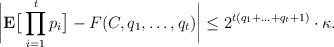
LaTeX: \begin{align*}\bigg| \mathbf{E}\big[\prod_{i=1}^t p_i \big] - F(C, q_1, \ldots, q_t) \bigg| \le 2^{t (q_1 + \ldots + q_t+1)} \cdot \kappa. \end{align*}